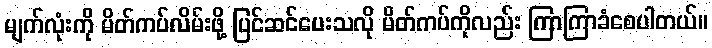
မျက်လုံးကို မိတ်ကပ်လိမ်းဖို့ ပြင်ဆင်ပေးသလို မိတ်ကပ်ကိုလည်း ကြာကြာခံစေပါတယ်။